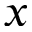
x